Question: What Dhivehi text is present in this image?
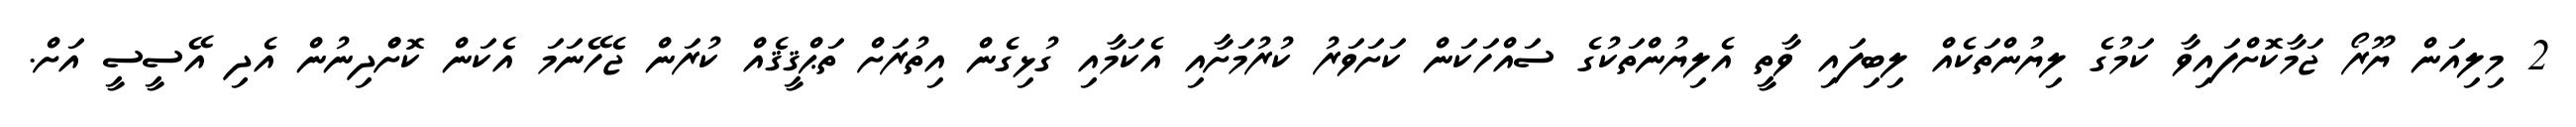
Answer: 2 މިލިއަން ޔޫރޯ ޖަމާކޮށްފައިވާ ކަމުގެ ލިޔުންތަކެއް ލިބިފައި ވާތީ އެލިޔުންތަކުގެ ސައްހަކަން ކަށަވަރު ކުރުމަށާއި އެކަމާއި ގުޅިގެން އިތުރަށް ތަޙްޤީޤެއް ކުރަން ޖެހޭނަމަ އެކަން ކޮށްްދިނުން އެދި އޭސީސީ އަށް.